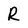
Character: R